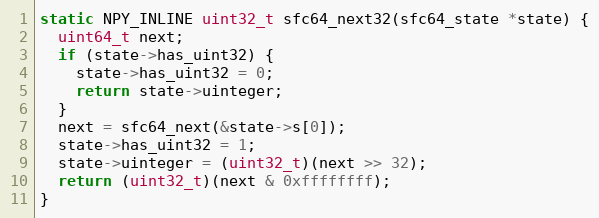
Language: C
static NPY_INLINE uint32_t sfc64_next32(sfc64_state *state) {
  uint64_t next;
  if (state->has_uint32) {
    state->has_uint32 = 0;
    return state->uinteger;
  }
  next = sfc64_next(&state->s[0]);
  state->has_uint32 = 1;
  state->uinteger = (uint32_t)(next >> 32);
  return (uint32_t)(next & 0xffffffff);
}